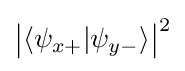
{\big |}\langle \psi _{x+}|\psi _{y-}\rangle {\big |}^{2}